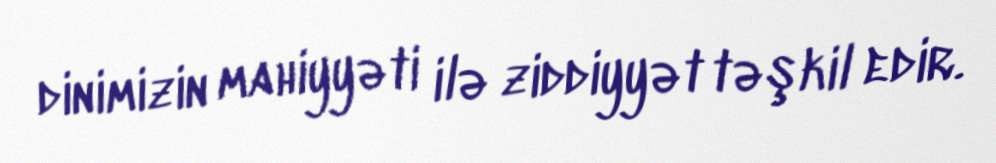
dinimizin mahiyyəti ilə ziddiyyət təşkil edir.